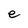
Character: e